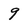
Character: 9